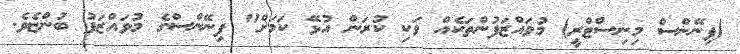
(ފިނޭންސް މިނިސްޓްރީ) މުވައްޒަފުންތަކެއް ވަކި ކުރަން އުޅޭ ކަމަށް" ފިނޭންސްގެ މުވައްޒަފު ބުންޏެވެ.